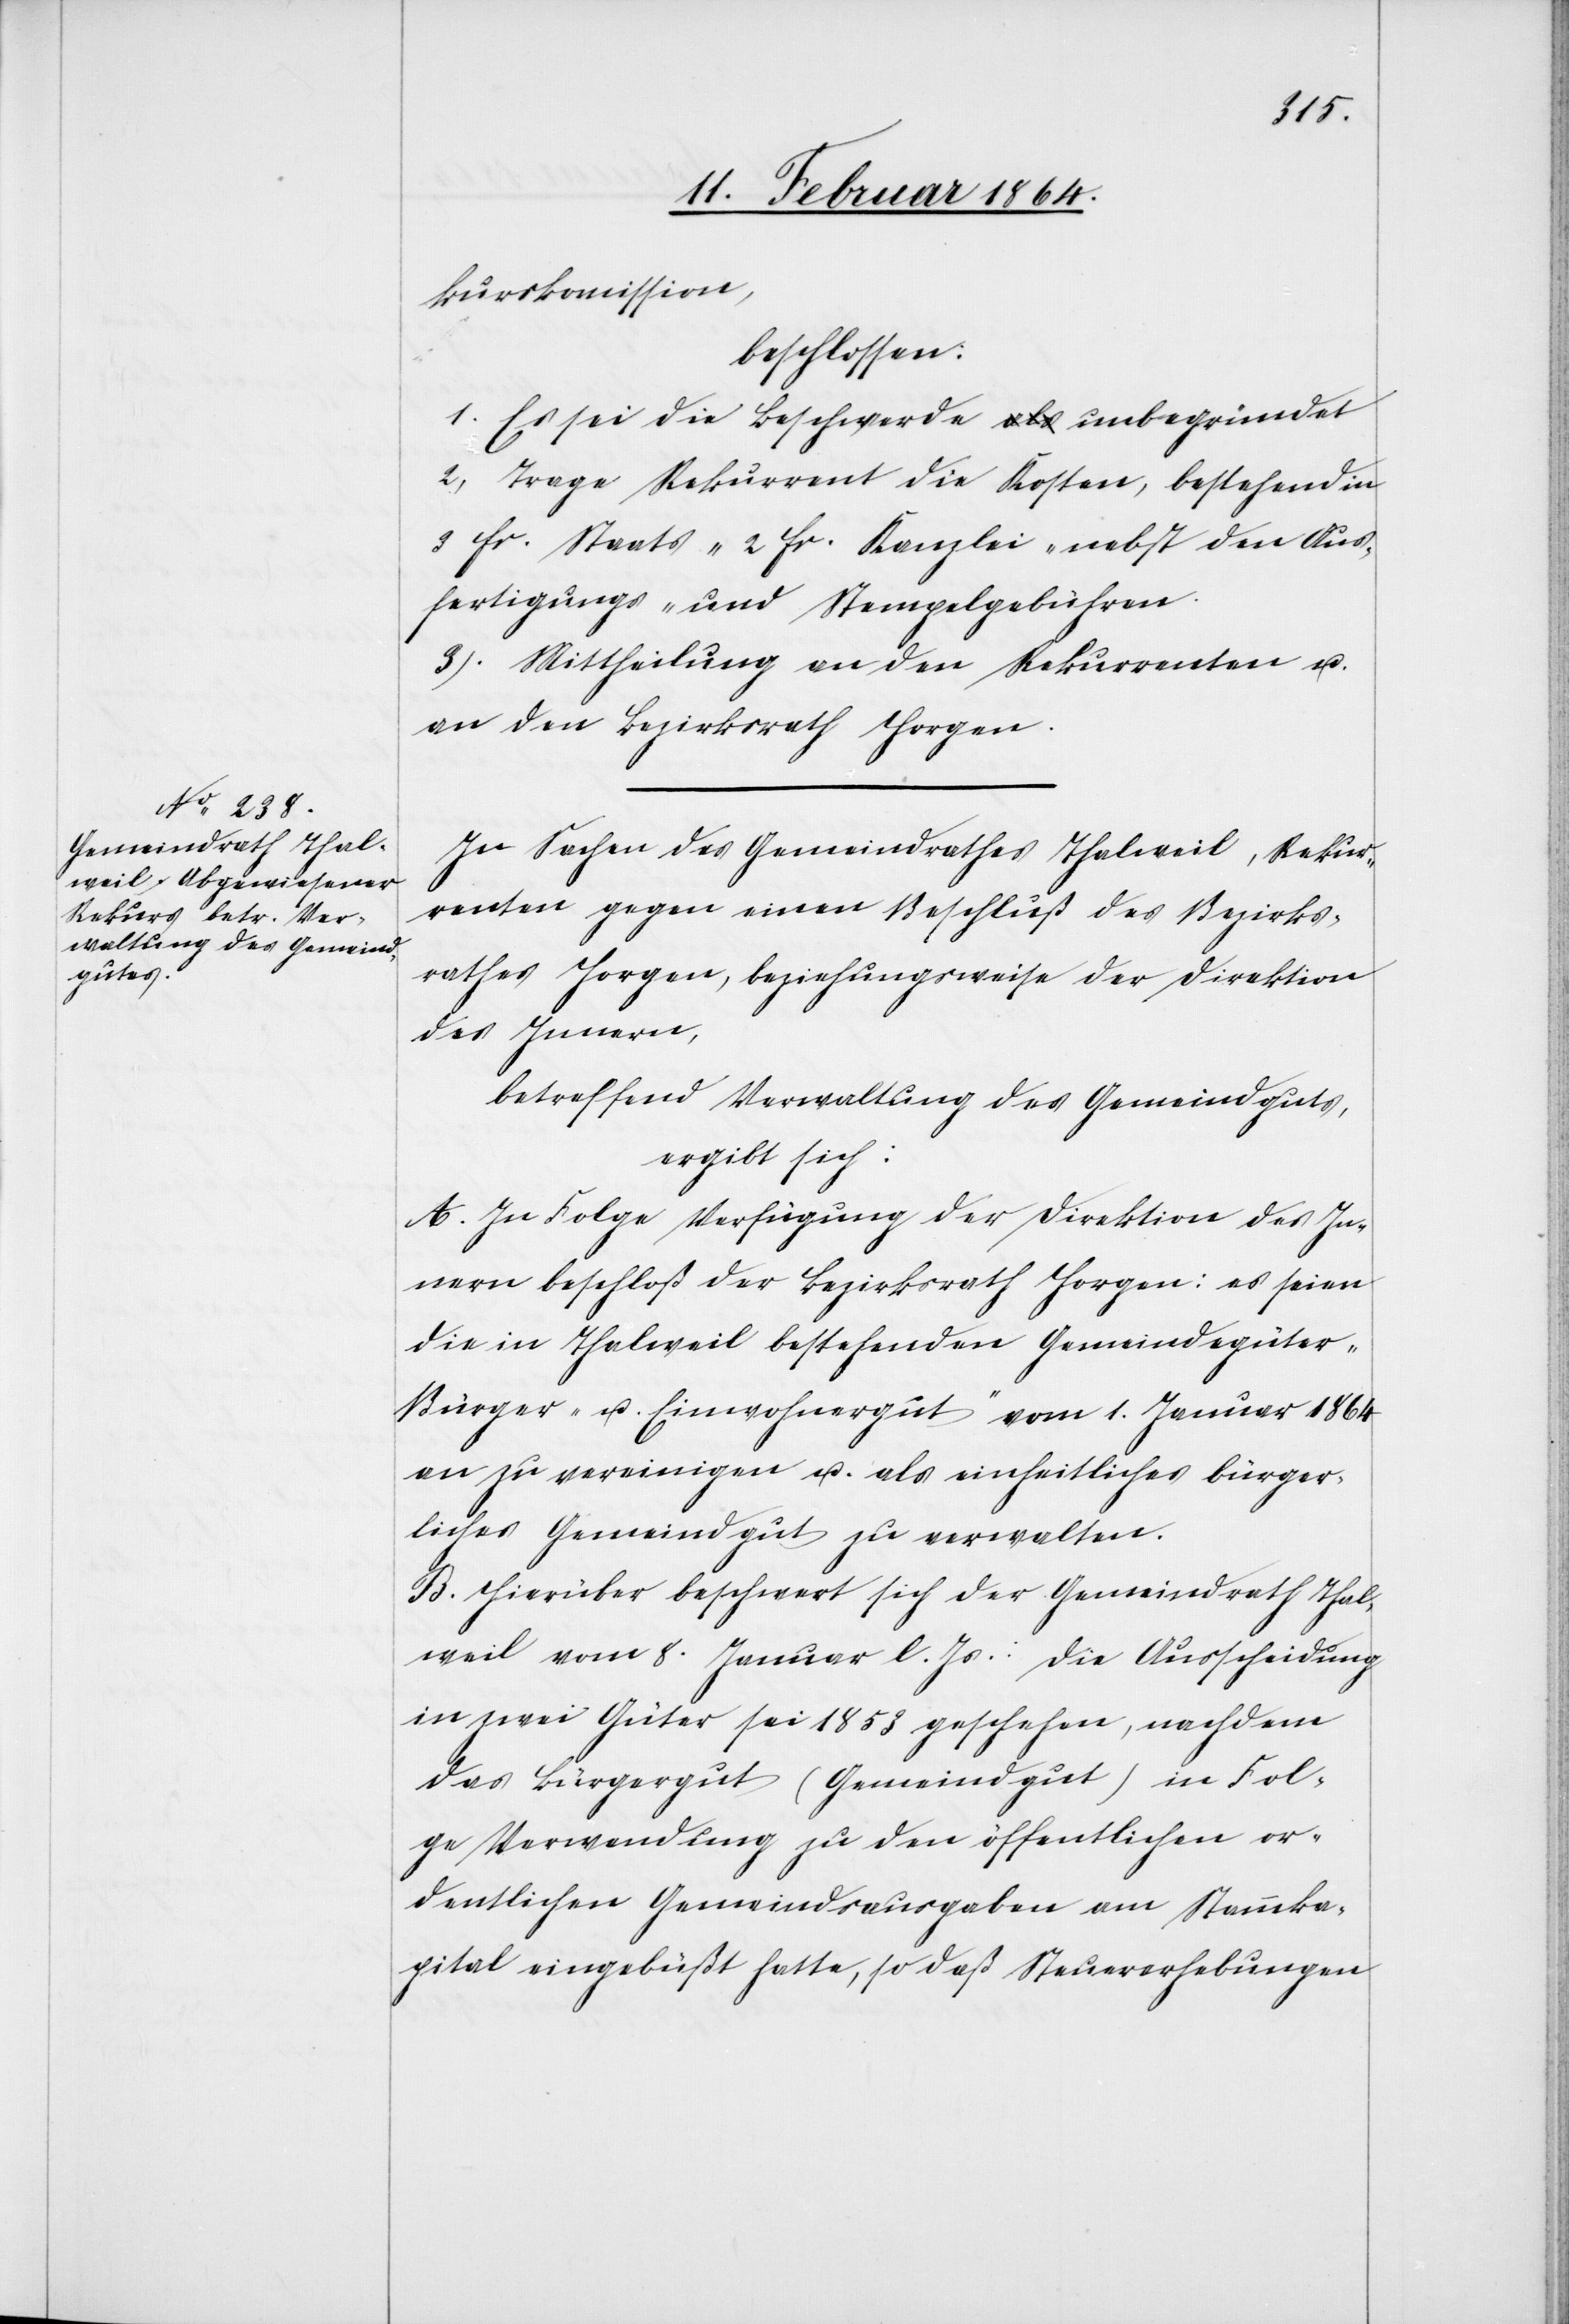
kurskomission,
beschlossen:
1. Es sei die Beschwerde unbegründet.
2. Trage Rekurrent die Kosten, bestehend in
3 fr. Staats-[,] 2 fr. Kanzlei- nebst den Aus¬
fertigungs- und Stempelgebühren.
3. Mittheilung an den Rekurrenten u.
an den Bezirksrath Horgen.
In Sachen des Gemeindrathes Thalweil, Rekur¬
renten gegen einen Beschluß des Bezirks¬
rathes Horgen, beziehungsweise der Direktion
des Innern,
betreffend Verwaltung des Gemeindguts,
ergibt sich:
A. In Folge Verfügung der Direktion des In¬
nern beschloß der Bezirksrath Horgen: es seien
die in Thalweil bestehenden Gemeindegüter
„Bürger- u. Einwohnergut“ vom 1. Januar 1864
an zu vereinigen u. als einheitliches bürger¬
liches Gemeindgut zu verwalten.
B. Hierüber beschwert sich der Gemeindrath Thal¬
weil vom 8. Januar l. Js.: Die Ausscheidung
in zwei Güter sei 1853 geschehen, nachdem
das Bürgergut (Gemeindgut) in Fol¬
ge Verwendung zu den öffentlichen or¬
dentlichen Gemeindsausgaben am Stammka¬
pital eingebüßt hatte, so daß Steuererhebungen